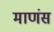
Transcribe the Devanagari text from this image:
माणंस